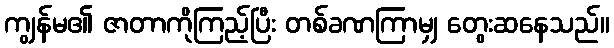
ကျွန်မ၏ ဇာတာကိုကြည့်ပြီး တစ်ခဏကြာမျှ တွေးဆနေသည်။